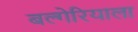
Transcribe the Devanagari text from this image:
बल्गेरियाला